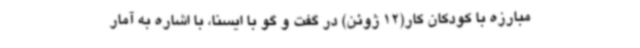
مبارزه با کودکان کار(12 ژوئن) در گفت و گو با ایسنا، با اشاره به آمار